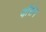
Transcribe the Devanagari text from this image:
जौ़सेन